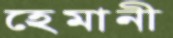
হেমানী